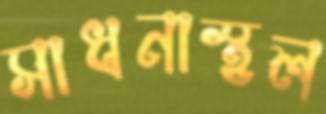
সাধনাস্থল